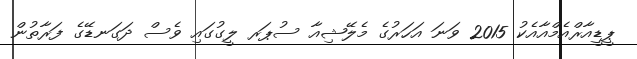
ޕީޑީއާރްއެމްއާއެކު 2015 ވަނަ އަހަރުގެ މެލޭޝިއާ ސުޕަރ ލީގުގައި ވެސް ދަގަނޑޭގެ ފަރާތުން